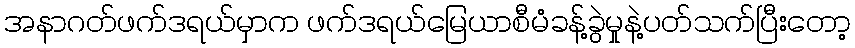
အနာဂတ်ဖက်ဒရယ်မှာက ဖက်ဒရယ်မြေယာစီမံခန့်ခွဲမှုနဲ့ပတ်သက်ပြီးတော့